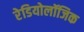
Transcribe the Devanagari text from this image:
रेडियोलॉजिक